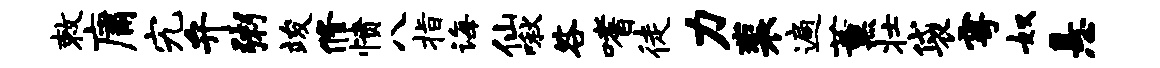
敕庸究弁粥竣修愤八指诲仙啾咎嗜徒力裴遍薰壮袋雩奴悬